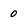
Character: 0